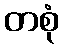
တစုံ